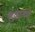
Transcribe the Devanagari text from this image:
पिकान्कडे